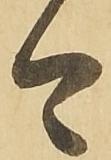
今